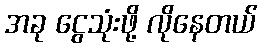
အခု ငွေသုံးဖို့ လိုနေတယ်